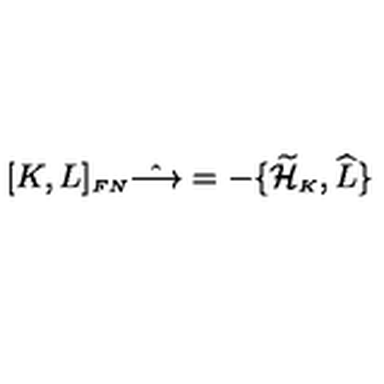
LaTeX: [ K , L ] _ { \scriptscriptstyle F N } \hat { \longrightarrow } = - \{ \widetilde { \cal H } _ { \scriptscriptstyle K } , \widehat { L } \}